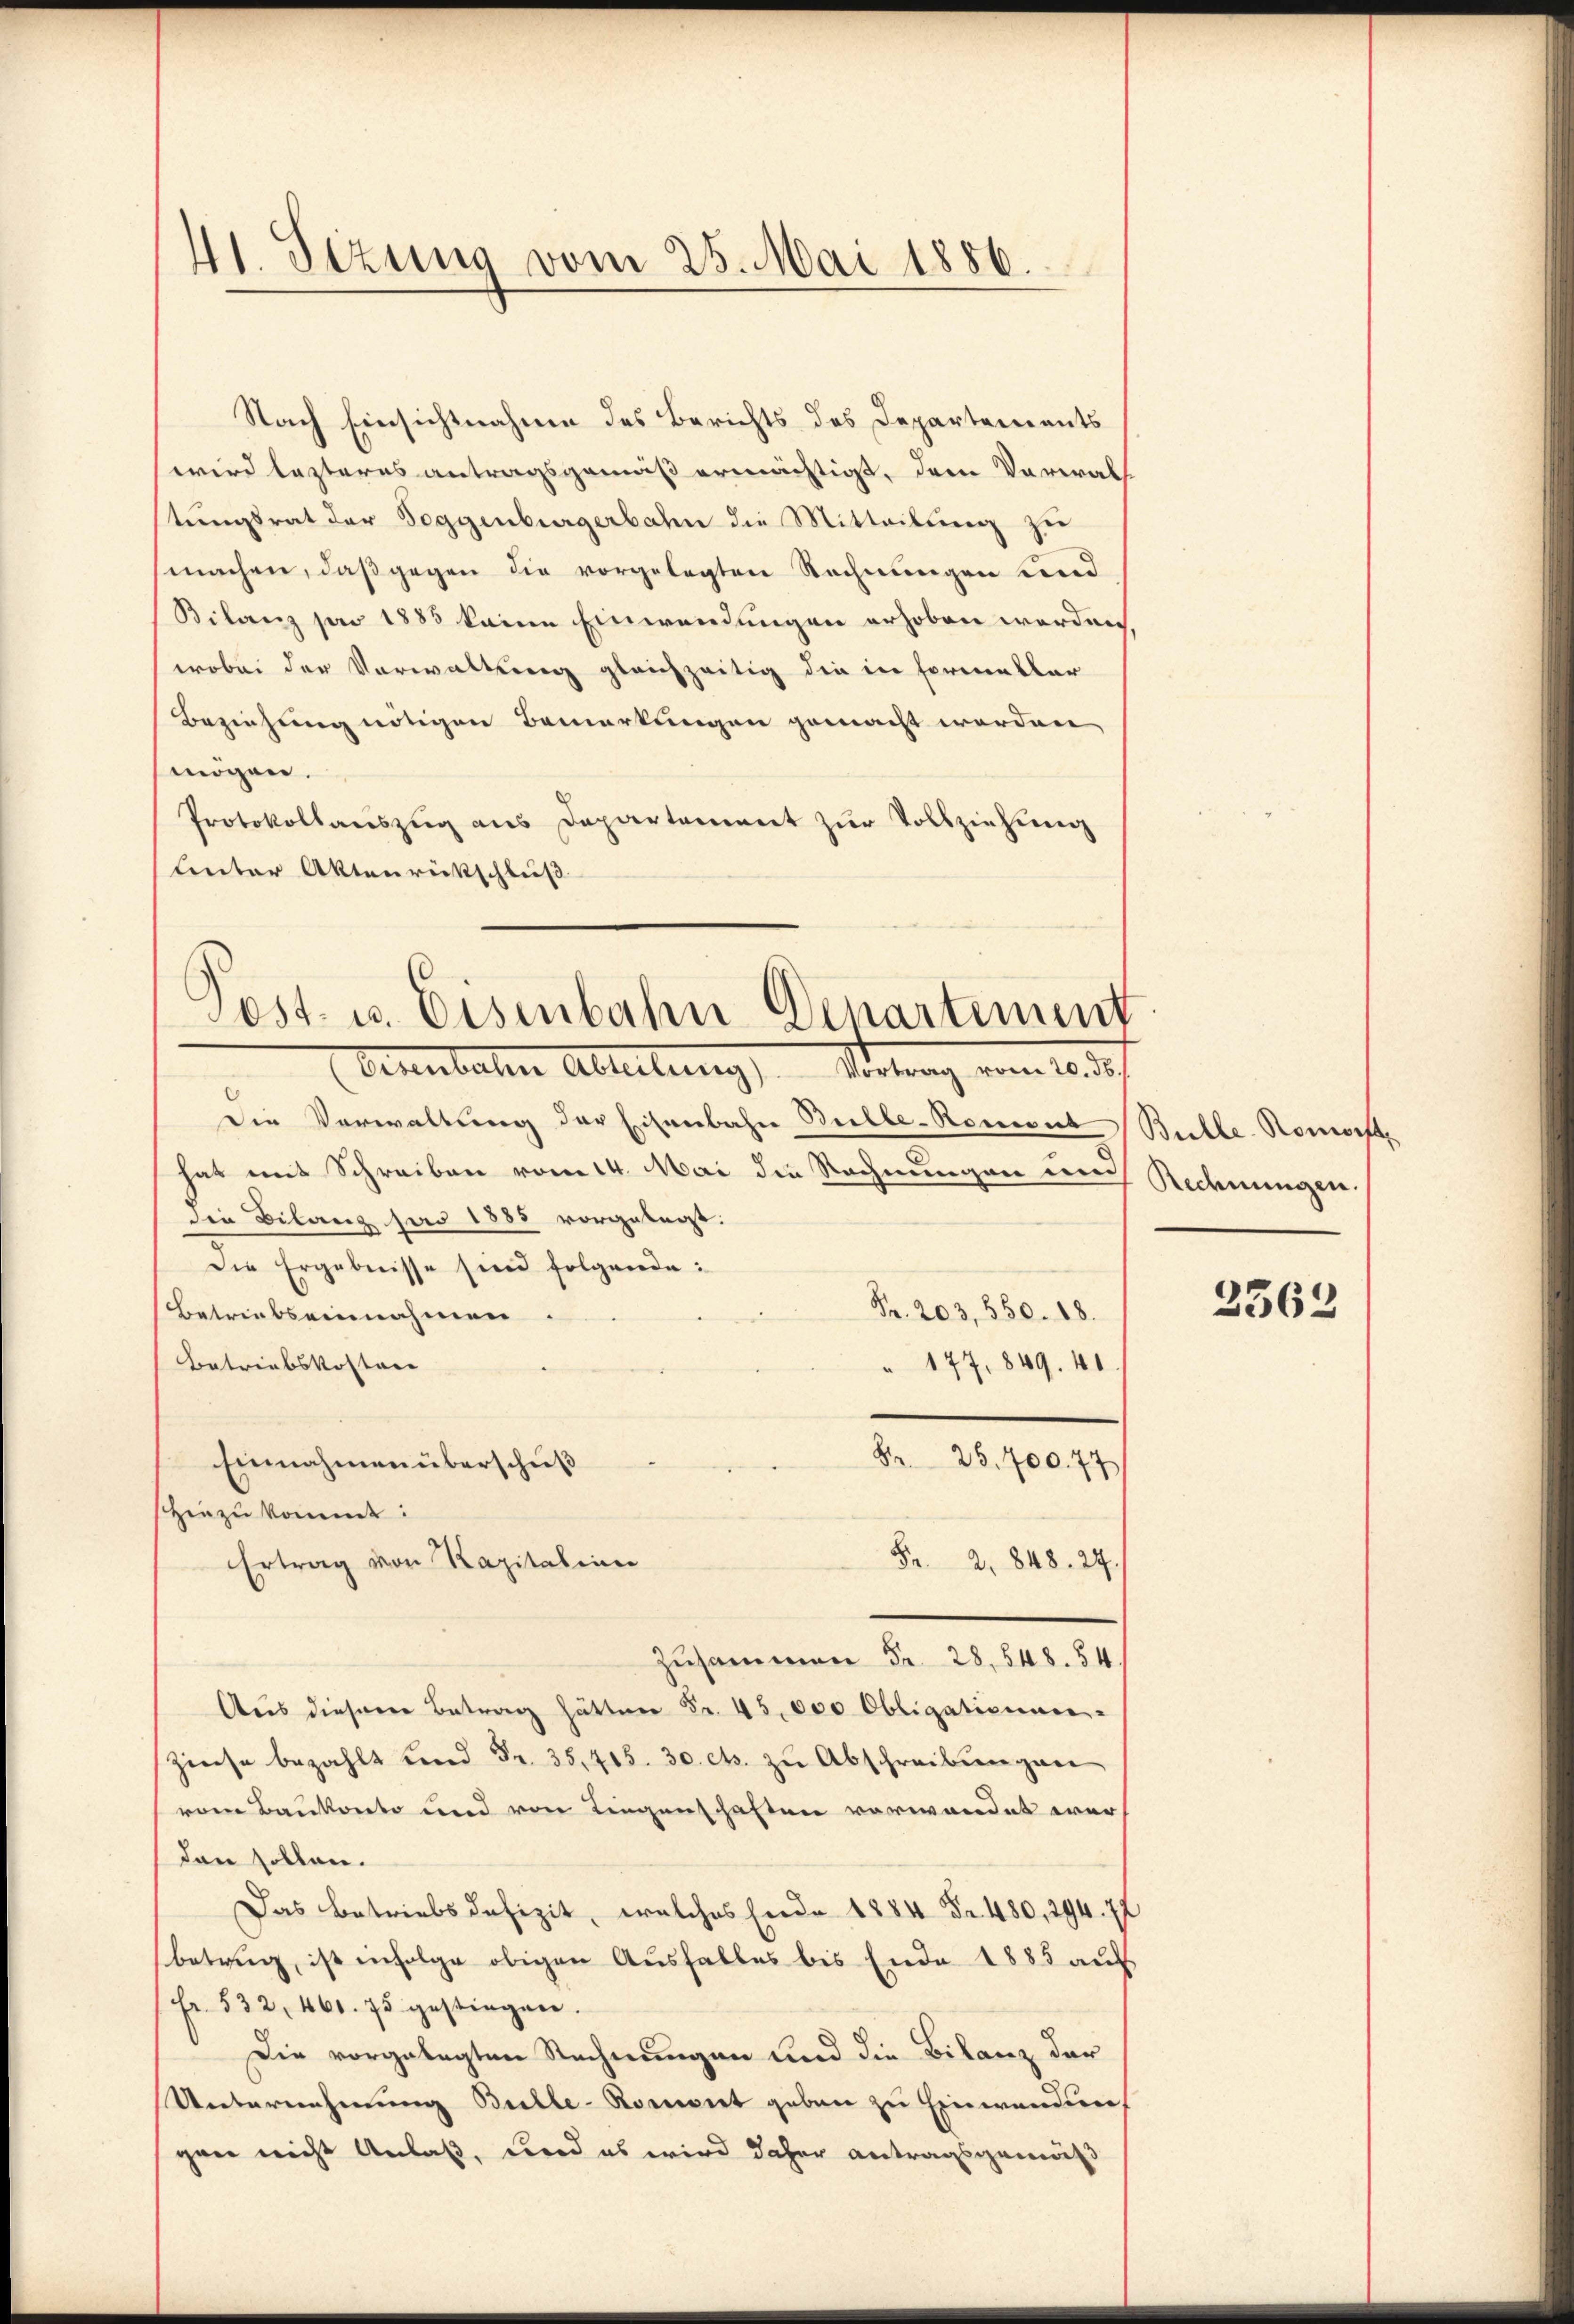
41. Sizung vom 25. Mai 1886.

Nach Einsichtnahme des Berichts des Departements
wird lezteres antragsgemäß ermächtigt, dem Verwal
tungsrat der Toggenburgerbahn die Mitteilung zu
machen, daß gegen die vorgelegten Rechnungen und
Bilanz per 1883 keine Einwendungen erhoben werden
wobei der Vorwaltung gleichzeitig die in Formeller
Beziehung nötigen Bemerkungen gemacht werden,
mögen.
Protokollanszŭg ans Departement zŭr Vollziehung
Lnter Aktenrückschluß
Die Verwaltung der Eisenbahn Bille-Romont Bulle. Romorft
hat mit Schreiben vom 14. Mai die Rechnungen um
die Bilanz jar 1885 vorgelegt.
Die Ergebnisse sind folgende:
Fr. 203, 550. 18.
Betriebseinnahmen.
Betriebskosten |
" 177, 849. 41
8. 25. 700. 77
Einnahmen überschuß
shinzukommt:
 2, 848. 27.
Ertrag von Kapitalien
Zusammen Fr. 28,548. 54.
Aus diesem Betrag hätten Fr. 45,000 Obligationnen-
Zinse bezahlt und Fr. 35, 415. 30 cts. zu Abschreibungen
vom Baukonto und von Liegenschaften vorwandet werdann sollen.
Das Betriebsdefizit, welches Ende 1884 Fr. 480, 294. 72
betrug, ist infolge obigen Ausfalles bis Ende 1885 auf
Fr. 532, 460. 75 gestiegen.
Die vorgelegten Rechnungen und die Bilanz der
Unternehmung Bulle-Roment geben zu Einwanden
gen nicht Anlaß, und es wird daher antragsgemäß

Post- u. Eisenbahn Departement
Bekenbachen Abteilung   Stellung vom 10. d.

Rechnungen.

2563